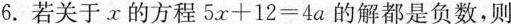
6. 若关于x的方程$$5 x + 1 2 = 4 a$$的解都是负数，则